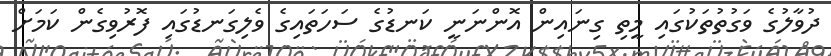
ދުވާލުގެ ވަގުތުތަކުގައި މީތި ގިނައިން އޮންނަނީ ކަނޑުގެ ސަހަތައިގެ ވެލިގަނޑުގައި ފޮރުވިގެން ކަމަށް